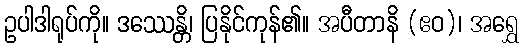
ဥပါဒါရုပ်ကို။ ဒဿေန္တိ၊ ပြနိုင်ကုန်၏။ အပီတာနိ (ဧဝ)၊ အရွှေ